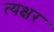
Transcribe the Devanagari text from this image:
त्यक्षर